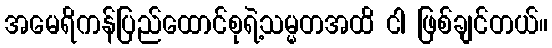
အမေရိကန်ပြည်ထောင်စုရဲ့သမ္မတအထိ ငါ ဖြစ်ချင်တယ်။